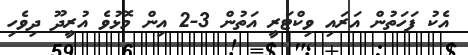
އެކު ފަހަތުން އަރައި ވިކްޓަރީ އަތުން 3-2 އިން މޮޅުވެ އުރީދޫ ދިވެހި